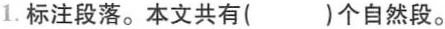
1.标注段落。本文共有()个自然段。